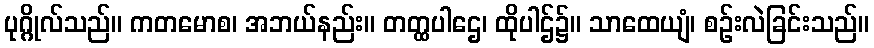
ပုဂ္ဂိုလ်သည်။ ကတမောစ၊ အဘယ်နည်း။ တတ္ထပါဌေ၊ ထိုပါဌ်၌။ သာထေယျံ၊ စဉ်းလဲခြင်းသည်။